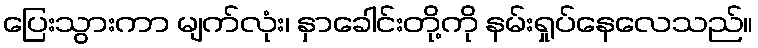
ပြေးသွားကာ မျက်လုံး၊ နှာခေါင်းတို့ကို နမ်းရှုပ်နေလေသည်။